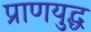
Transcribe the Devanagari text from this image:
प्राणयुद्ध